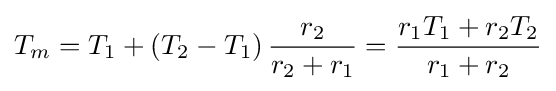
T_{m}=T_{1}+\left(T_{2}-T_{1}\right){\frac {r_{2}}{r_{2}+r_{1}}}={\frac {r_{1}T_{1}+r_{2}T_{2}}{r_{1}+r_{2}}}